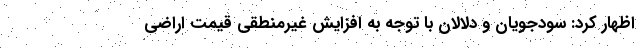
اظهار کرد: سودجویان و دلالان با توجه به افزایش غیرمنطقی قیمت اراضی